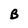
Character: B